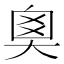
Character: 𡘻